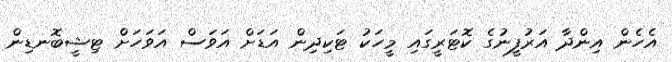
އެހެން އިންދާ އަރުފީނުގެ ކޮޓަރީގައި މީހަކު ޓަކިދިން އަޑަށް އަވަސް އަވަހަށް ޓިޝީބޮނޑިން